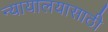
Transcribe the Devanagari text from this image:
न्यायालयासाठी